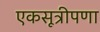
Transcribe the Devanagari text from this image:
एकसूत्रीपणा